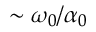
\sim \omega _ { 0 } / \alpha _ { 0 }